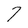
Character: 7